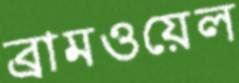
ব্রামওয়েল